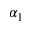
\alpha _ { 1 }